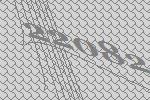
22082